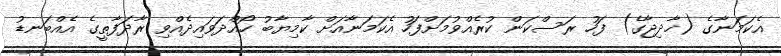
އެކަމަނާގެ (ޚާދިޖާގެ) ފަހު ރަސްކަން ކުރެއްވުމަށްފަހު އެކަމަނާއަށް ކާމިޔާބު ހޯއްދަވައިދެއްވި ރާދަފާތީގެ އެއްބަނޑު